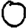
Digit: 0